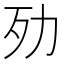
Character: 𣦺